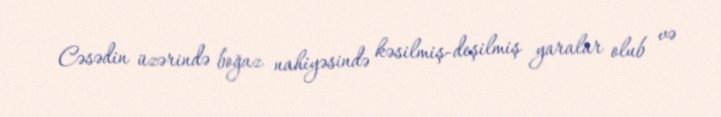
Cəsədin üzərində boğaz nahiyəsində kəsilmiş-deşilmiş yaralar olub və